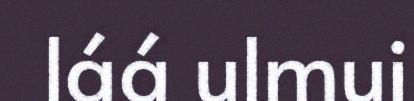
láá ulmui